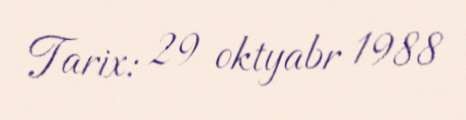
Tarix: 29 oktyabr 1988